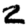
Digit: 2